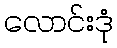
လောင်းဒုံ